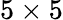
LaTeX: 5\times 5